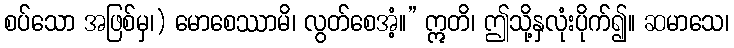
စပ်သော အဖြစ်မှ၊) မောစေဿာမိ၊ လွတ်စေအံ့။” ဣတိ၊ ဤသို့နှလုံးပိုက်၍။ ဆမာသေ၊